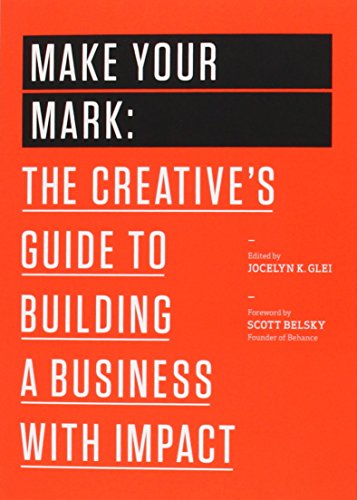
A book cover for Make Your Mark: The Creative's Guide to Building a Business with Impact (The 99U Book Series); Jocelyn K. Glei; Business & Money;